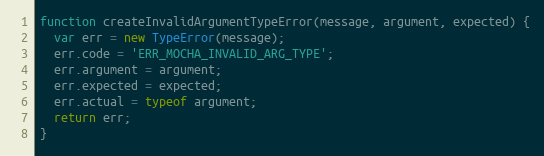
Language: JavaScript
function createInvalidArgumentTypeError(message, argument, expected) {
  var err = new TypeError(message);
  err.code = 'ERR_MOCHA_INVALID_ARG_TYPE';
  err.argument = argument;
  err.expected = expected;
  err.actual = typeof argument;
  return err;
}